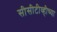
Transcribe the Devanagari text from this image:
सीसीटीव्हीच्या